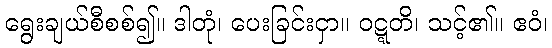
ရွေးချယ်စီစစ်၍။ ဒါတုံ၊ ပေးခြင်းငှာ။ ဝဋ္ဋတိ၊ သင့်၏။ ဧဝံ၊